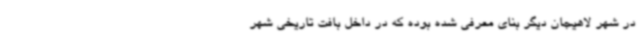
در شهر لاهیجان دیگر بنای معرفی شده بوده که در داخل بافت تاریخی شهر